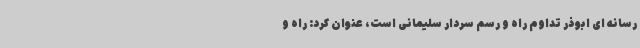
رسانه ای ابوذر تداوم راه و رسم سردار سلیمانی است، عنوان کرد: راه و